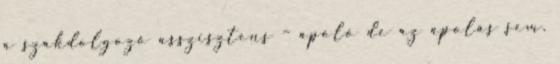
a szakdolgozó asszisztens – ápoló de az ápolás sem.